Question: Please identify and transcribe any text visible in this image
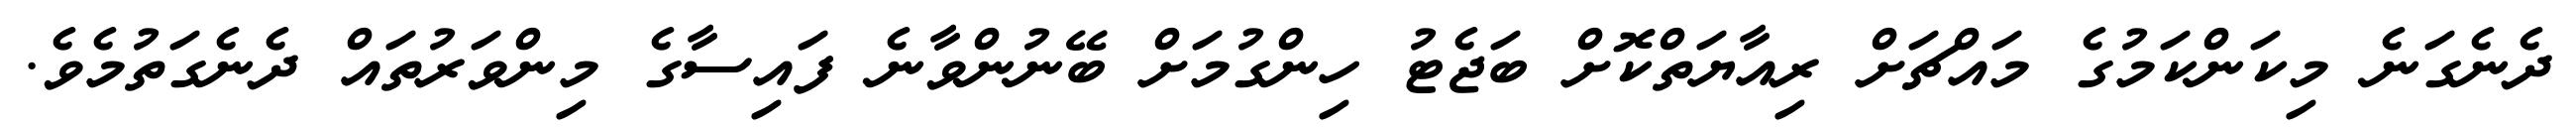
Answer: ދެނެގަނެ މިކަންކަމުގެ މައްޗަށް ރިއާޔަތްކޮށް ބަޖެޓު ހިންގުމަށް ބޭނުންވާނެ ފައިސާގެ މިންވަރުތައް ދެނެގަތުމެވެ.